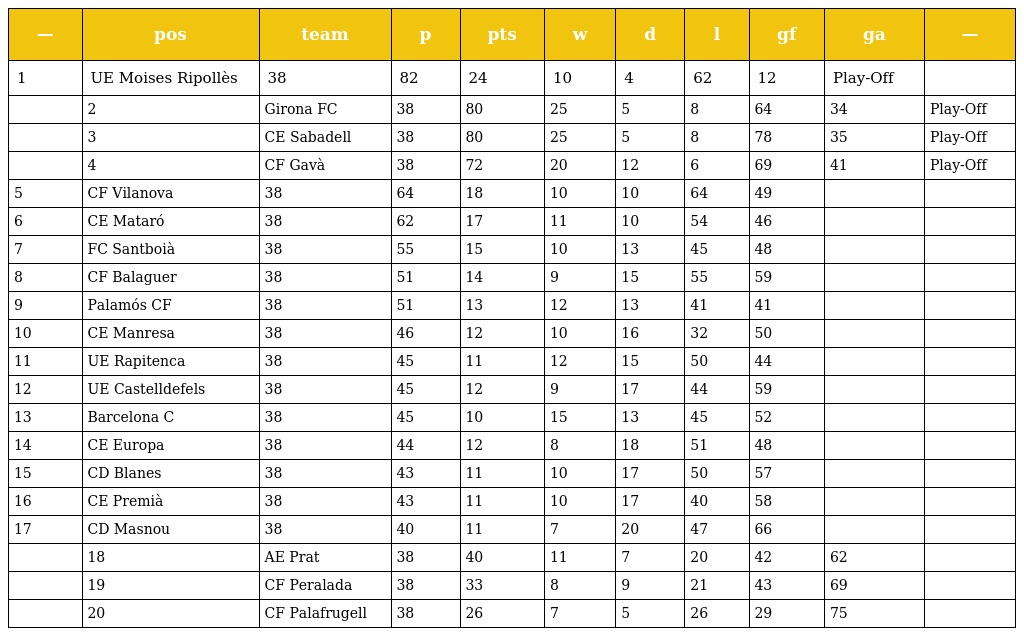
| — | pos | team | p | pts | w | d | l | gf | ga | — |
 | --- | --- | --- | --- | --- | --- | --- | --- | --- | --- | --- |
 | 1 | UE Moises Ripollès | 38 | 82 | 24 | 10 | 4 | 62 | 12 | Play-Off |  |
 |  | 2 | Girona FC | 38 | 80 | 25 | 5 | 8 | 64 | 34 | Play-Off |
 |  | 3 | CE Sabadell | 38 | 80 | 25 | 5 | 8 | 78 | 35 | Play-Off |
 |  | 4 | CF Gavà | 38 | 72 | 20 | 12 | 6 | 69 | 41 | Play-Off |
 | 5 | CF Vilanova | 38 | 64 | 18 | 10 | 10 | 64 | 49 |  |  |
 | 6 | CE Mataró | 38 | 62 | 17 | 11 | 10 | 54 | 46 |  |  |
 | 7 | FC Santboià | 38 | 55 | 15 | 10 | 13 | 45 | 48 |  |  |
 | 8 | CF Balaguer | 38 | 51 | 14 | 9 | 15 | 55 | 59 |  |  |
 | 9 | Palamós CF | 38 | 51 | 13 | 12 | 13 | 41 | 41 |  |  |
 | 10 | CE Manresa | 38 | 46 | 12 | 10 | 16 | 32 | 50 |  |  |
 | 11 | UE Rapitenca | 38 | 45 | 11 | 12 | 15 | 50 | 44 |  |  |
 | 12 | UE Castelldefels | 38 | 45 | 12 | 9 | 17 | 44 | 59 |  |  |
 | 13 | Barcelona C | 38 | 45 | 10 | 15 | 13 | 45 | 52 |  |  |
 | 14 | CE Europa | 38 | 44 | 12 | 8 | 18 | 51 | 48 |  |  |
 | 15 | CD Blanes | 38 | 43 | 11 | 10 | 17 | 50 | 57 |  |  |
 | 16 | CE Premià | 38 | 43 | 11 | 10 | 17 | 40 | 58 |  |  |
 | 17 | CD Masnou | 38 | 40 | 11 | 7 | 20 | 47 | 66 |  |  |
 |  | 18 | AE Prat | 38 | 40 | 11 | 7 | 20 | 42 | 62 |  |
 |  | 19 | CF Peralada | 38 | 33 | 8 | 9 | 21 | 43 | 69 |  |
 |  | 20 | CF Palafrugell | 38 | 26 | 7 | 5 | 26 | 29 | 75 |  |